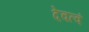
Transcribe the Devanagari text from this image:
देवत्वं